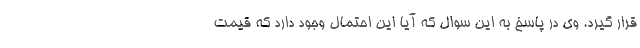
قرار گیرد. وی در پاسخ به این سوال که آیا این احتمال وجود دارد که قیمت